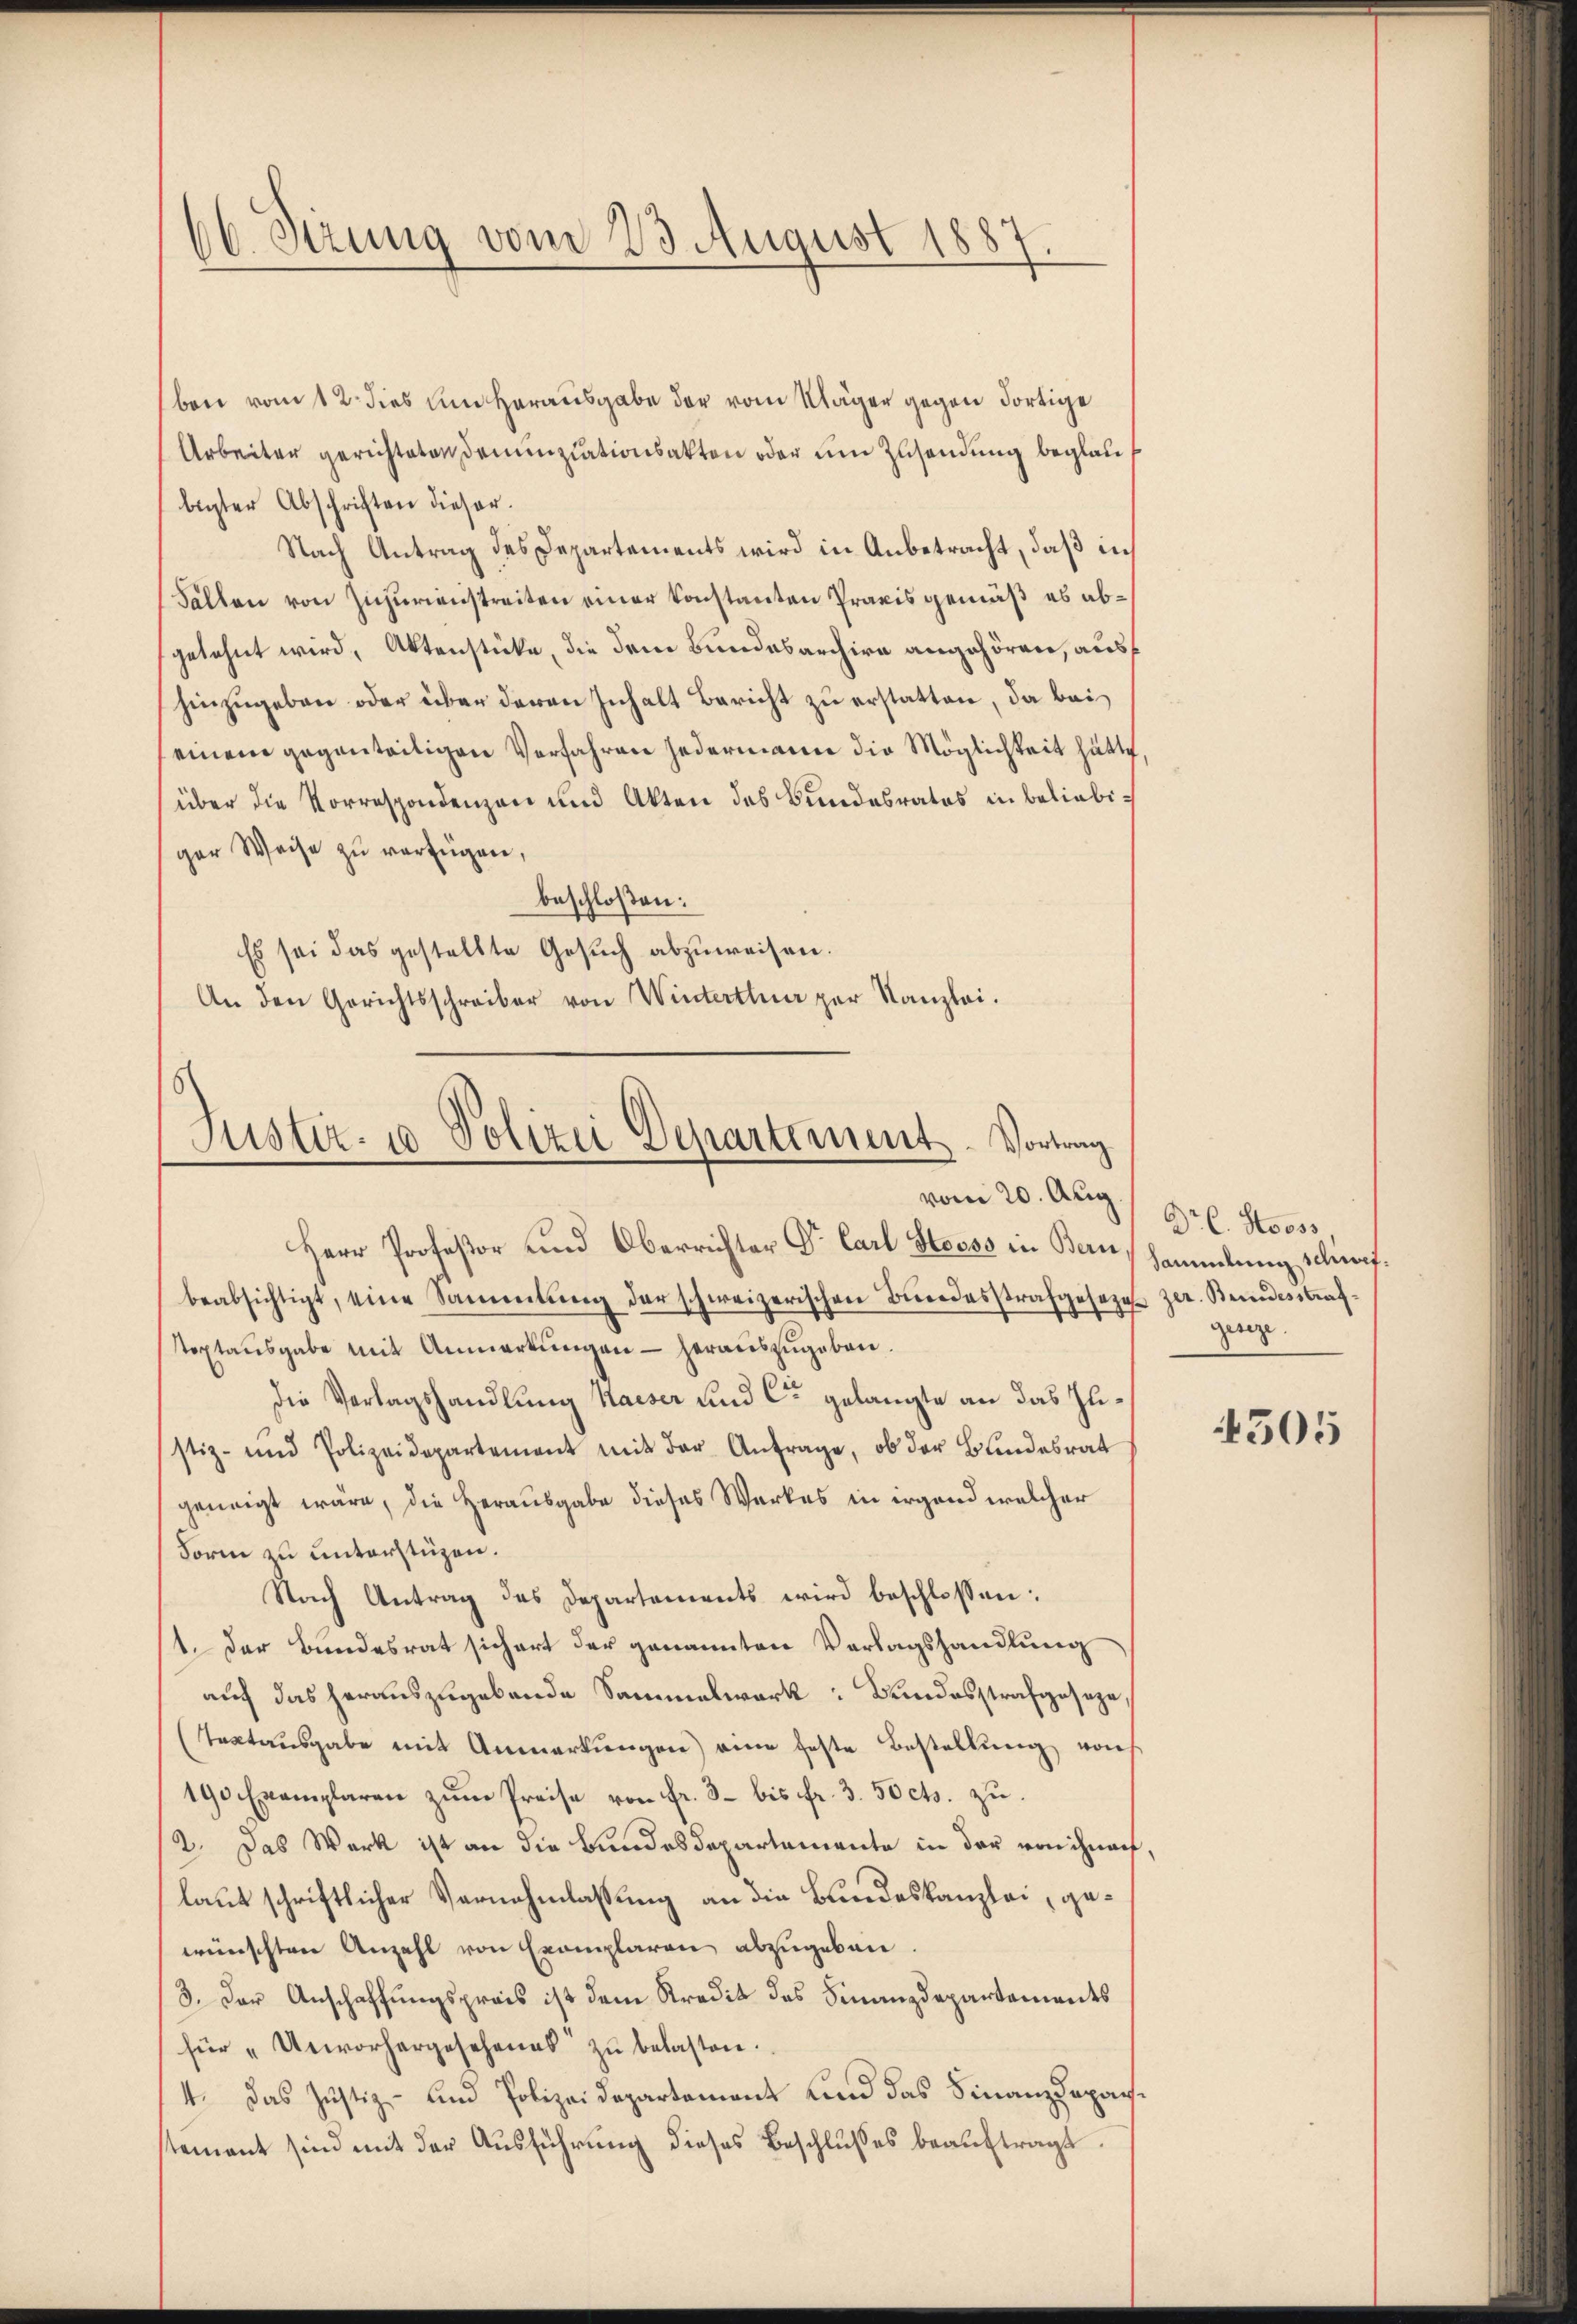
66 Stzung vom 23. August 1883

Justiz- 10 Polizei Departement. Vortrag
vom 20. Aug.
Herr Profeßor und Oberrichter Dr. Carl Stooss in Bern, Sammlung schrit¬

ben vom 12. dies um Herausgabe der vom Kläger gegen dortige
Arbeiter gerichteten Denunziationsakten oder um Zusendung beglaulegter Abschriften dieser.
Nach Antrag des Departements wird in Anbetracht, daß in
Fällen von Zuzurienstreiten einer konstanten Praxis gemäß es abgelehnt wird, Aktenstücke, die dem Bundesarchive angehören, aushinzugeben oder über deren Inhalt Bericht zu erstatten, da bei
(einem gegenteiligen Verfahren jedermann die Möglichkeit hätte,
über die Vorrespondenzen und Akten des Bundesrates in beliebiger Weise zu verfügen,
beschloßen:
Es sei das gestellte Gesuch abzuweisen.
An den Gerichtsschreiber von Winterthur per Kanzlei.

beabsichtigt, eine Sammlung der schweizerischen Bŭndesstrafgesezen zer. Beidesstraf¬
Toptaŭsgabe mit Anmerkŭngen heraŭszŭgeben.
Die Verlagshandlung Kaiser und Cre gelangte an das Ilistiz- und Polizeidepartement mit der Anfrage, ob der Bundesrat
geneigt wäre, die Herausgabe dieses Werkes in irgend welcher
Form zu unterstüzen.
Nach Antrag des Departements wird beschlossen:
1. Der Bundesrat sichert der genannten Verlagshandlung
auf das herauszugebende Sammelwerk: Bundesstrafgeseze,
(Textausgabe mit Anmerkungen eine feste Bestellung von
190 Exemplaren zum Preise von fr. 3 bis fr. 3. 50 cts. zu
2. Das Werk ist an die Bundesdepartemente in der von ihnen.
laut schriftlicher Vernehmlassung an die Bundeskanzlei, gewünschten Anzahl von Exemplaren abzugeben.
3. Der Anschaffungspreis ist dem Kredit des Finanzdepartements
für "Unvorhergesehenes zŭ belasten.
4. Das Justiz- und Polizeidepartement Land das Finanzdepachstement sind mit der Ausführung dieses Beschlusses beauftragt.

Dr C. Stooss
gesezt.

4505